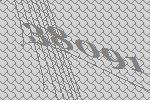
38091